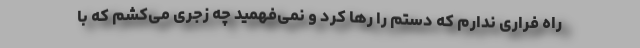
راه فراری ندارم که دستم را رها کرد و نمی‌فهمید چه زجری می‌کشم که با